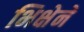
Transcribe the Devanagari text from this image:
भिक्षेनें